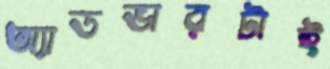
অ্যাডভারটাই